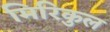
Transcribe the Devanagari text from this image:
मिरिकुल